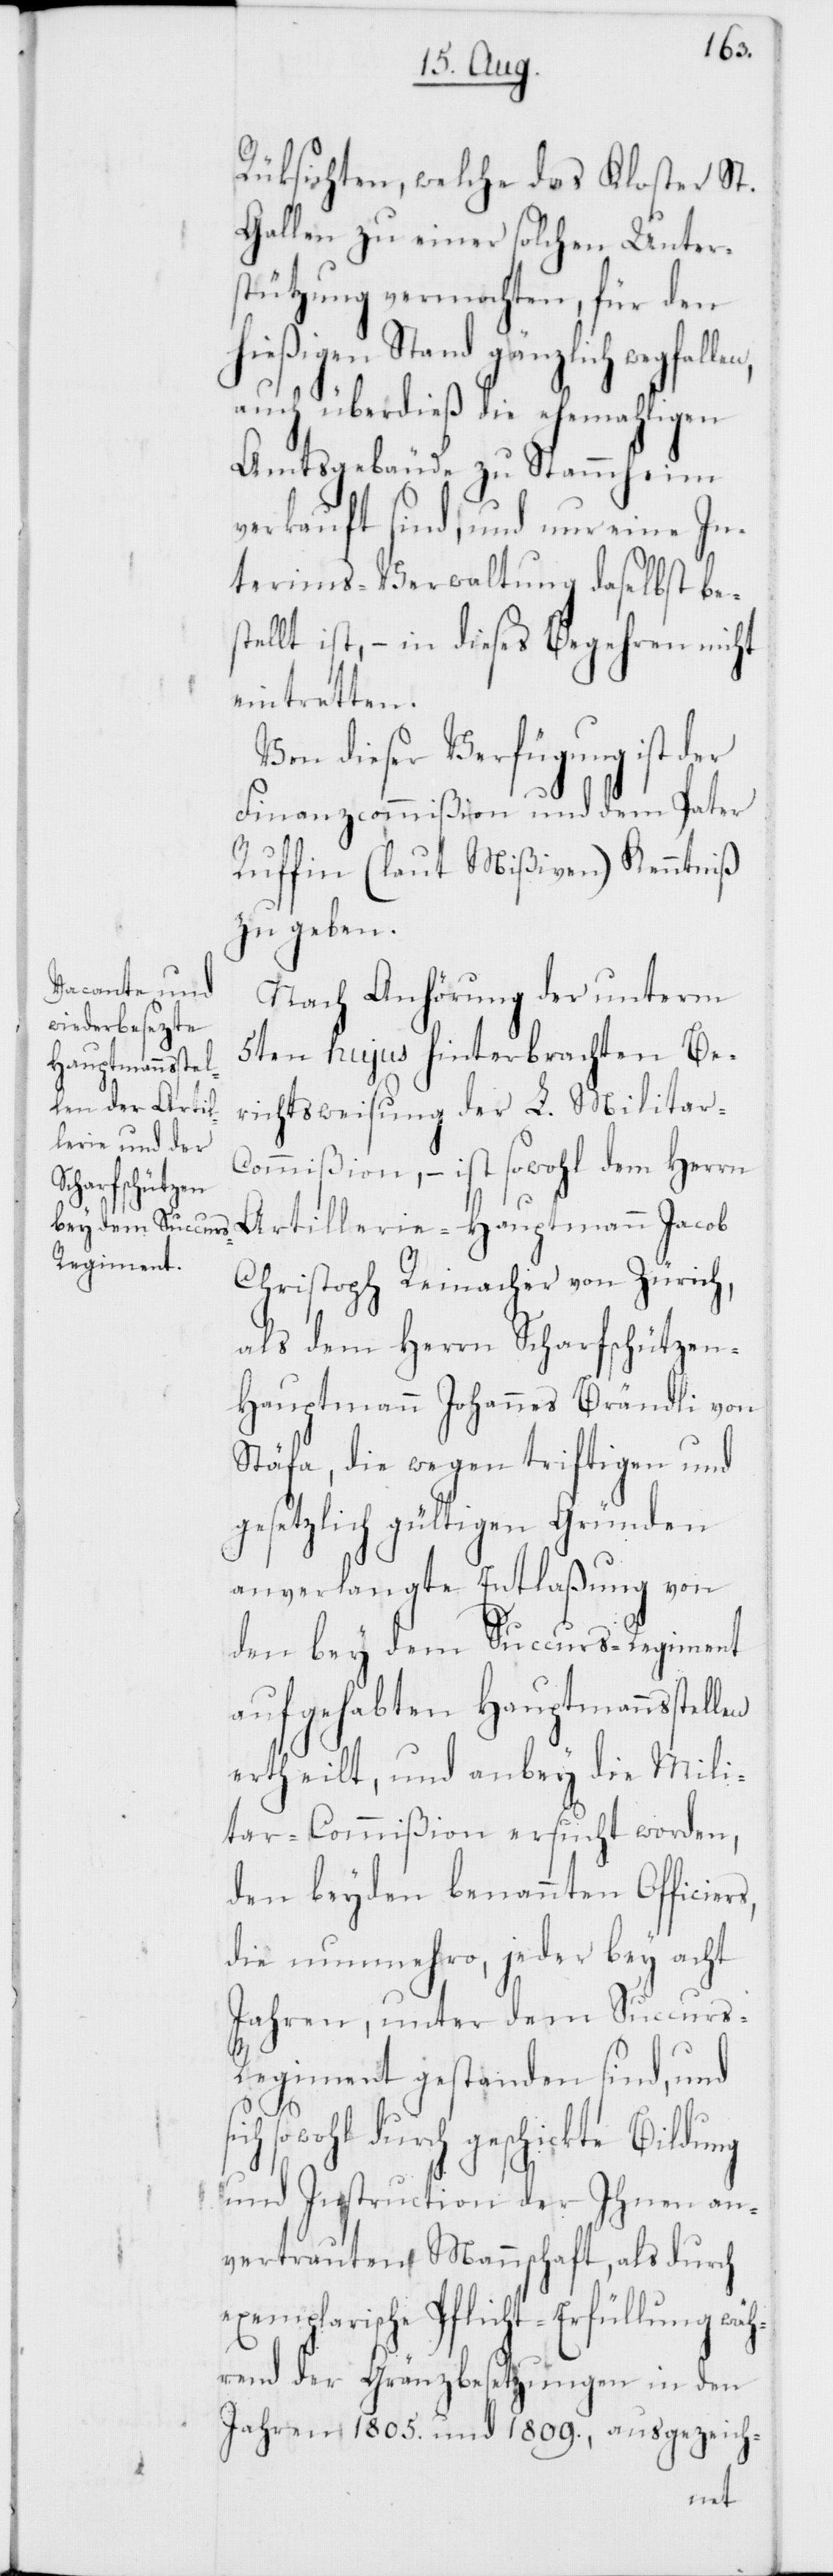
rs,
Rücksichten, welche das Kloster St.
Gallen zu einer solchen Unter¬
stützung vermochten, für den
hießigen Stand gänzlich wegfal¬
auch überdieß die ehemahligen
Amtsgebäude zu Stammheim
verkauft sind, und nur eine In¬
terims-Verwaltung daselbst bes¬
tellt ist, – in dieses Begehren nicht
eintretten.
Von dieser Verfügung ist der
Finanzcommißion und dem Pater
Ruffin (laut Mißiven) Kenntniß
zu geben.
Nach Anhörung der unterm
5ten hujus hinterbrachten Be¬
richtsweisung der L. Militar-C¬
ommißion, – ist sowohl dem Herrn
Artillerie-Hauptmann Jacob
Christoph Reinacher von Zürich,
als dem Herrn Scharfschütze¬
n-Hauptmann Johannes Brändli von
Stäfa, die wegen triftigen und
gesetzlich gültigen Gründen
anverlangte Entlaßung von
den bey dem Succurs-Regiment
aufgehabten Hauptmannsstellen
ertheilt, und anbey die Mili¬
tar-Commißion ersucht worden,
den beyden benannten Officie¬
die nunmehro, jeder bey acht
Jahren, unter dem Succur¬
s-Regiment gestanden sind, und
sowohl durch geschickte Bildung
und Instruction der Ihnen an¬
vertrauten Mannschaft, als durch
exemplarische Pflicht-Erfüllung wä¬
hrend der Gränzbesetzungen in den
Jahren 1805. und 1809., ausgezeich-
len,